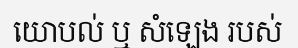
យោបល់ ឬ សំឡេង របស់